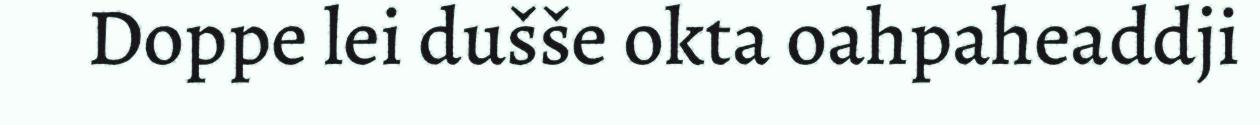
Doppe lei dušše okta oahpaheaddji